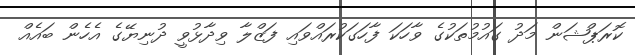
ކޮރަޕްޝަން މަދު ގައުމުތަކުގެ ވާހަކަ ފާހަގަކުރައްވައި ފަޒްލާ ވިދާޅުވީ ދުނިޔޭގެ އެހެން ބައެއް